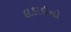
લડાઈનો